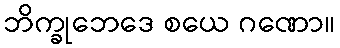
ဘိက္ခုဘေဒေ စယေ ဂဏော။